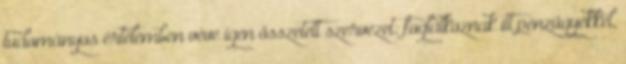
tudományos értelemben véve igen összetett szervezet: foglalkoznak itt pénzügyekkel,